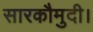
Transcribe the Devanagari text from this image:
सारकौमुदी।